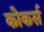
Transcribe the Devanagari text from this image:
कोकर्स